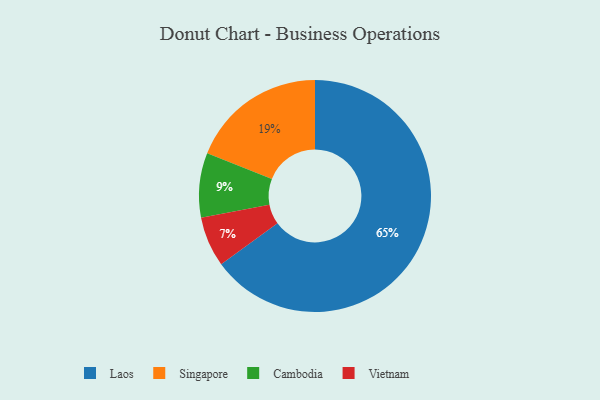
{"axis": {"x": "Category", "y": "Percentage"}, "legend": ["Cambodia", "Laos", "Singapore", "Vietnam"], "data": [{"x": "Cambodia", "y": 9, "type": "Cambodia"}, {"x": "Vietnam", "y": 7, "type": "Vietnam"}, {"x": "Singapore", "y": 19, "type": "Singapore"}, {"x": "Laos", "y": 65, "type": "Laos"}]}